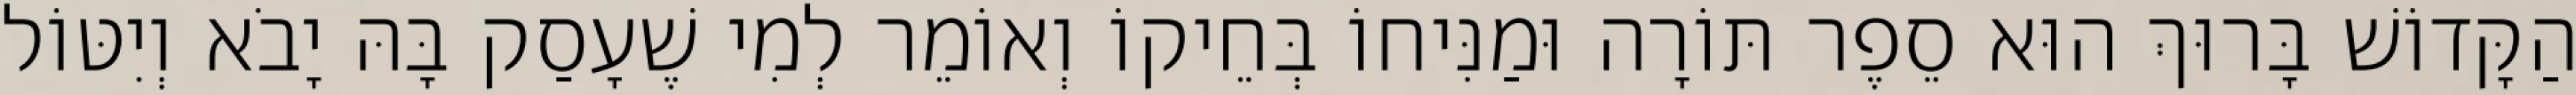
הַקָּדוֹשׁ בָּרוּךְ הוּא סֵפֶר תּוֹרָה וּמַנִּיחוֹ בְּחֵיקוֹ וְאוֹמֵר לְמִי שֶׁעָסַק בָּהּ יָבֹא וְיִטּוֹל